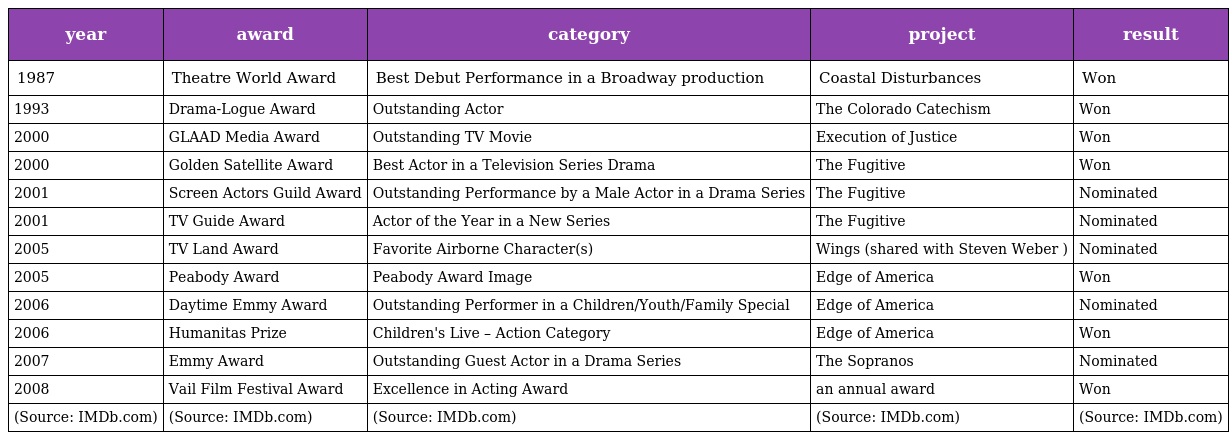
| year | award | category | project | result |
 | --- | --- | --- | --- | --- |
 | 1987 | Theatre World Award | Best Debut Performance in a Broadway production | Coastal Disturbances | Won |
 | 1993 | Drama-Logue Award | Outstanding Actor | The Colorado Catechism | Won |
 | 2000 | GLAAD Media Award | Outstanding TV Movie | Execution of Justice | Won |
 | 2000 | Golden Satellite Award | Best Actor in a Television Series Drama | The Fugitive | Won |
 | 2001 | Screen Actors Guild Award | Outstanding Performance by a Male Actor in a Drama Series | The Fugitive | Nominated |
 | 2001 | TV Guide Award | Actor of the Year in a New Series | The Fugitive | Nominated |
 | 2005 | TV Land Award | Favorite Airborne Character(s) | Wings (shared with Steven Weber ) | Nominated |
 | 2005 | Peabody Award | Peabody Award Image | Edge of America | Won |
 | 2006 | Daytime Emmy Award | Outstanding Performer in a Children/Youth/Family Special | Edge of America | Nominated |
 | 2006 | Humanitas Prize | Children's Live – Action Category | Edge of America | Won |
 | 2007 | Emmy Award | Outstanding Guest Actor in a Drama Series | The Sopranos | Nominated |
 | 2008 | Vail Film Festival Award | Excellence in Acting Award | an annual award | Won |
 | (Source: IMDb.com) | (Source: IMDb.com) | (Source: IMDb.com) | (Source: IMDb.com) | (Source: IMDb.com) |